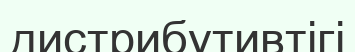
дистрибутивтігі